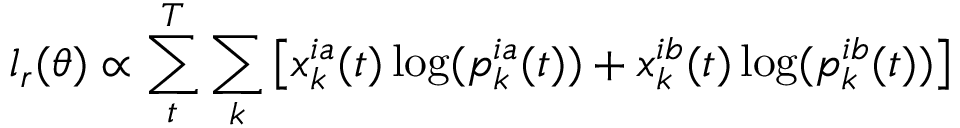
l _ { r } ( \theta ) \propto \sum _ { t } ^ { T } \sum _ { k } \left[ x _ { k } ^ { i a } ( t ) \log ( p _ { k } ^ { i a } ( t ) ) + x _ { k } ^ { i b } ( t ) \log ( p _ { k } ^ { i b } ( t ) ) \right]